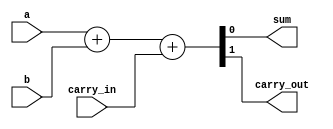
module carry_detect_adder(
    input wire a,
    input wire b,
    input wire carry_in,
    output wire sum,
    output wire carry_out
);

assign {carry_out, sum} = a + b + carry_in;

endmodule